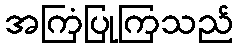
အကြံပြုကြသည်